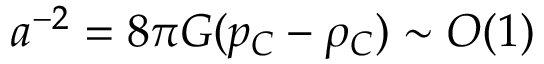
a ^ { - 2 } = 8 \pi G ( p _ { C } - \rho _ { C } ) \sim O ( 1 )